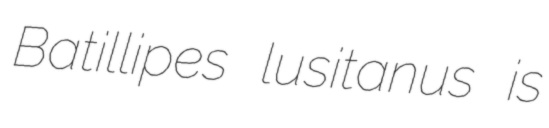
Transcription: Batillipes lusitanus is